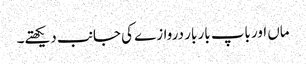
ماں اور باپ بار بار دروازے کی جانب دیکھتے۔